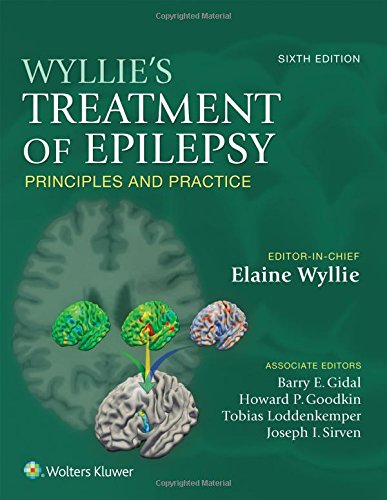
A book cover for Wyllie's Treatment of Epilepsy: Principles and Practice; Elaine Wyllie MD; Health, Fitness & Dieting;